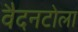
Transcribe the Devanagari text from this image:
वैदनटोला